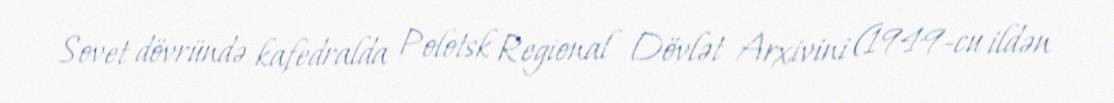
Sovet dövründə kafedralda Polotsk Regional Dövlət Arxivini (1949-cu ildən